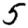
Digit: 5